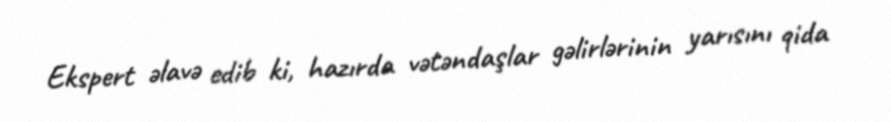
Ekspert əlavə edib ki, hazırda vətəndaşlar gəlirlərinin yarısını qida